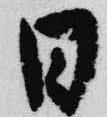
日